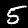
Label: 5